Vaccination North-Western Provinces and Oudh 1878-1895 - 1878-1895
Year: 1878
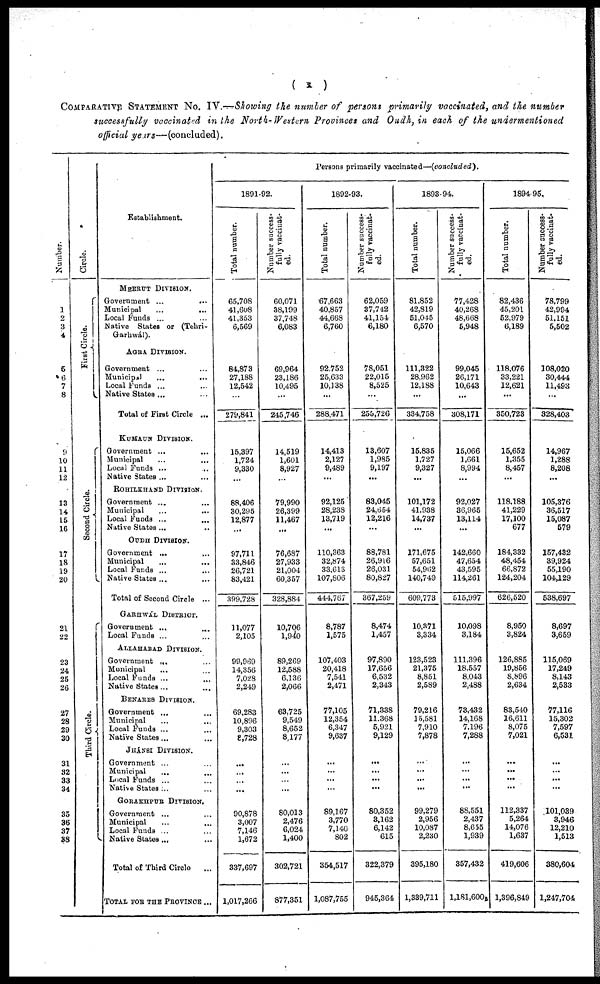
(
x )
COMPARATIVE STATEMENT No. IV.—Showing the number of persons primarily vaccinated, and the number
successfully vaccinated in the North-Western Provinces and Oudh, in each of the undermentioned
official years—(concluded).
Number.
1
2
3
4
5
6
7
8
9
10
11
12
13
14
15
16
17
18
19
20
21
22
23
24
25
26
27
28
29
30
31
32
33
34
35
36
37
38
Circle.
First Circle.
Second Ci r cl e.
Third Ci r cl e.
Establishment.
MEERUT DIVISION.
Government ...
...
Municipal
...
...
Local Funds ... ...
Native States or (Tehri-
Garhwál).
AGRA DIVISION.
Government ... ...
Municipal ... ...
Local Funds ... ...
Native States ... ...
Total of First Circle ...
KUMAUN DIVISION.
Government ... ...
Municipal ... ...
Local Funds ... ...
Native States ... ...
ROHILKHAND DlVISION.
Government ... ...
Municipal ... ...
Local Funds ...
...
Native States ... ...
OUDH DIVISION.
Government ... ...
Municipal ... ...
Local Funds ... ...
Native States ... ...
Total of Second Circle ...
GARHWÁL DISTRICT.
Government ... ...
Local Funds ... ...
ALLAHABAD DIVISION.
Government ... ...
Municipal ... ...
Local Funds ... ...
Native States ... ...
BENARES DIVISION.
Government ... ...
Municipal ... ...
Local Funds ... ...
Native States ... ...
JHÁNSI DIVISION.
Government ... ...
Municipal ... ...
Local Funds ... ...
Native States ... ...
GORAKHPUR DIVISION.
Government ... ...
Municipal ... ...
Local Funds ... ...
Native States ... ...
Total of Third Circle ...
TOTAL FOR THE PROVINCE ...
Persons primarily vaccinated—(concluded).
1891-92.
Total number.
65,708
41,608
41,353
6,569
84,873
27,188
12,542
...
279,841
15,397
1,724
9,330
...
88,406
30,295
12,877
...
97,711
33,846
26,721
83,421
399,728
11,077
2,105
99,969
14,356
7,028
2,249
69,283
10,896
9,303
8,728
...
...
...
...
90,878
3,007
7,146
1,672
337,697
1,017,266
Number success-
fully vaccinat-
ed.
60,071
38,199
37,748
6,083
69,964
23,186
10,495
...
245,746
14,519
1,601
8,927
...
79,990
26,399
11,467
...
76,687
27,933
21,004
60,357
328,884
10,706
1,940
89,269
12,588
6,136
2,066
63,725
9,549
8,652
8,177
...
...
...
...
80,013
2,476
6,024
1,400
302,721
877,351
1892-93.
Total number.
67,663
40,857
44,668
6,760
92,752
25,633
10,138
...
288,471
14,413
2,127
9,489
...
92,125
28,238
13,719
...
110,363
32,874
33,613
107,806
444,767
8,787
1,575
107,403
20,418
7,541
2,471
77,105
12,354
6,347
9,637
...
...
...
...
89,167
3,770
7,140
802
354,517
1,087,755
Number success-
fully vaccinat-
ed.
62,059
37,742
41,154
6,180
78,051
22,015
8,525
...
255,726
13,607
1,985
9,197
...
83,045
24,654
12,216
...
88,781
26,916
26,031
80,827
367,259
8,474
1,457
97,890
17,656
6,532
2,343
71,338
11,368
5,921
9,129
...
...
...
...
80,352
3,162
6,142
615
322,379
945,364
1893-94.
Total number.
81,852
42,819
51,045
6,570
111,322
28,962
12,188
...
334,758
15,835
1,727
9,327
...
101,172
41,938
14,737
...
171,675
57,651
54,962
140,749
609,773
10,371
3,334
123,523
21,375
8,851
2,589
79,216
15,581
7,910
7,878
...
...
...
...
99,279
2,956
10,087
2,230
395,180
1,339,711
Number success-
fully vaccinat-
ed.
77,428
40,268
48,668
5,948
99,045
26,171
10,643
...
308,171
15,066
1,661
8,994
...
92,027
36,965
13,114
...
142,660
47,654
43,595
114,261
515,997
10,098
3,184
111,396
18,557
8,043
2,488
73,432
14,168
7,196
7,288
...
...
...
...
88,551
2,437
8,655
1,939
357,432
1,181,600
1894-95.
Total number.
82,436
45,201
52,979
6,189
118.076
33,221
12,621
...
350,723
15,652
1,355
8,457
...
118,188
41,229
17,100
677
184,332
48,454
66,872
124,204
626,520
8,950
3,824
126,885
19,856
8,896
2,634
83,540
16,611
8,075
7,021
...
...
...
...
112,337
5,264
14,076
1,637
419,606
1,396,849
Number success-
fully vaccinat-
ed.
78,799
42,994
51,151
5,502
108,020
30,444
11,493
...
328,403
14,967
1,288
8,208
...
105,376
36,517
15,087
579
157,432
39,924
55,190
104,129
538,697
8,697
3,659
115,069
17,249
8,143
2,533
77,116
15,302
7,597
6,531
...
...
...
...
101,039
3,946
12,210
1,513
380,604
1,247,704